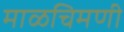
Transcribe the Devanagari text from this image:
माळचिमणी